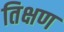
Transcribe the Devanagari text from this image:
तिक्षण